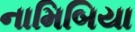
નામિબિયા